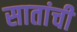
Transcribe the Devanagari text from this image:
सातांची